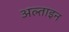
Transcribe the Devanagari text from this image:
अल्ताइन